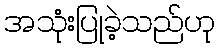
အသုံးပြုခဲ့သည်ဟု